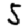
Digit: 5